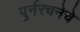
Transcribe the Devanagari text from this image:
पुर्नरचनेचे